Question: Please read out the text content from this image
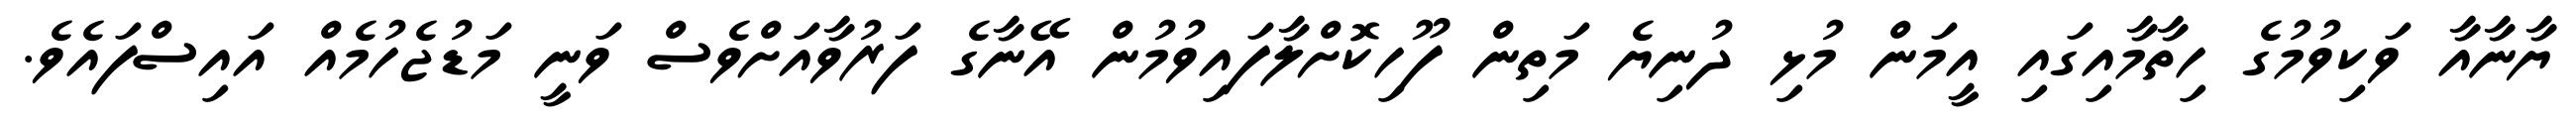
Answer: ޔާނާއާ ވަކިވުމުގެ ހިތާމާއިގައި އީމަން މުޅި ދުނިޔެ މަތިން ފޫހިކޮށްލާފައިވުމުން އޭނާގެ ފަރުވާއަށްވެސް ވަނީ މަޑުޖެހުމެއް އައިސްފައެވެ.